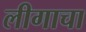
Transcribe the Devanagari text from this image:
लीगाचा